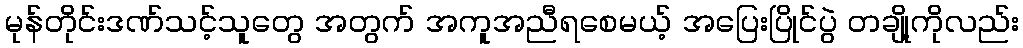
မုန်တိုင်းဒဏ်သင့်သူတွေ အတွက် အကူအညီရစေမယ့် အပြေးပြိုင်ပွဲ တချို့ကိုလည်း